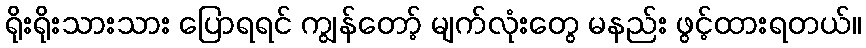
ရိုးရိုးသားသား ပြောရရင် ကျွန်တော့် မျက်လုံးတွေ မနည်း ဖွင့်ထားရတယ်။